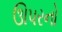
ઊપરનો